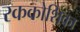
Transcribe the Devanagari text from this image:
रककोशिका